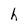
Character: h